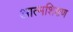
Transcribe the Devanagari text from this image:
आत्मशिक्षण